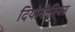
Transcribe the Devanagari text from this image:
दियोनीसियस